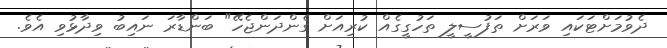
ދެވުމަށްޓަކައި ވަރަށް ތަފުސީލީ ތަހުގީގެއް ކުރިއަށް ގެންދަންޖެހޭ" ބަންޑާރަ ނައިބު ވިދާޅުވި އެވެ.